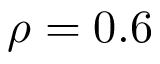
\rho = 0 . 6